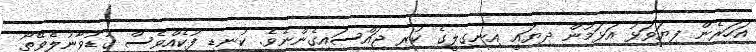
އަހަރެން ފިޔަވަޅު އަޅަމުން ދިޔައީ އިނގިލީގެ ކުރި ޖައްސައިގެންނެވެ. ކުނޑި ފުކެއްވެސް ގުޑުވާނުލެވޭތޯ